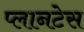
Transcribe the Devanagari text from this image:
प्लानटेस